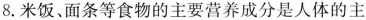
8.米饭、面条等食物的主要营养成分是人体的主